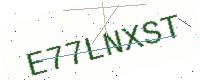
Text: E77LNXST